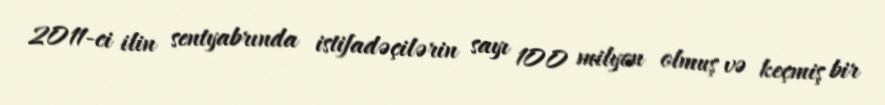
2011-ci ilin sentyabrında istifadəçilərin sayı 100 milyon olmuş və keçmiş bir